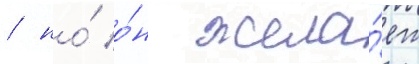
/ но́ о́н жела́ет